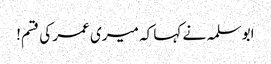
ابو سلمہ نے کہا کہ میری عمر کی قسم!